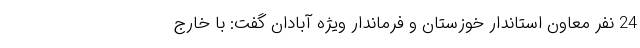
24 نفر معاون استاندار خوزستان و فرماندار ویژه آبادان گفت: با خارج